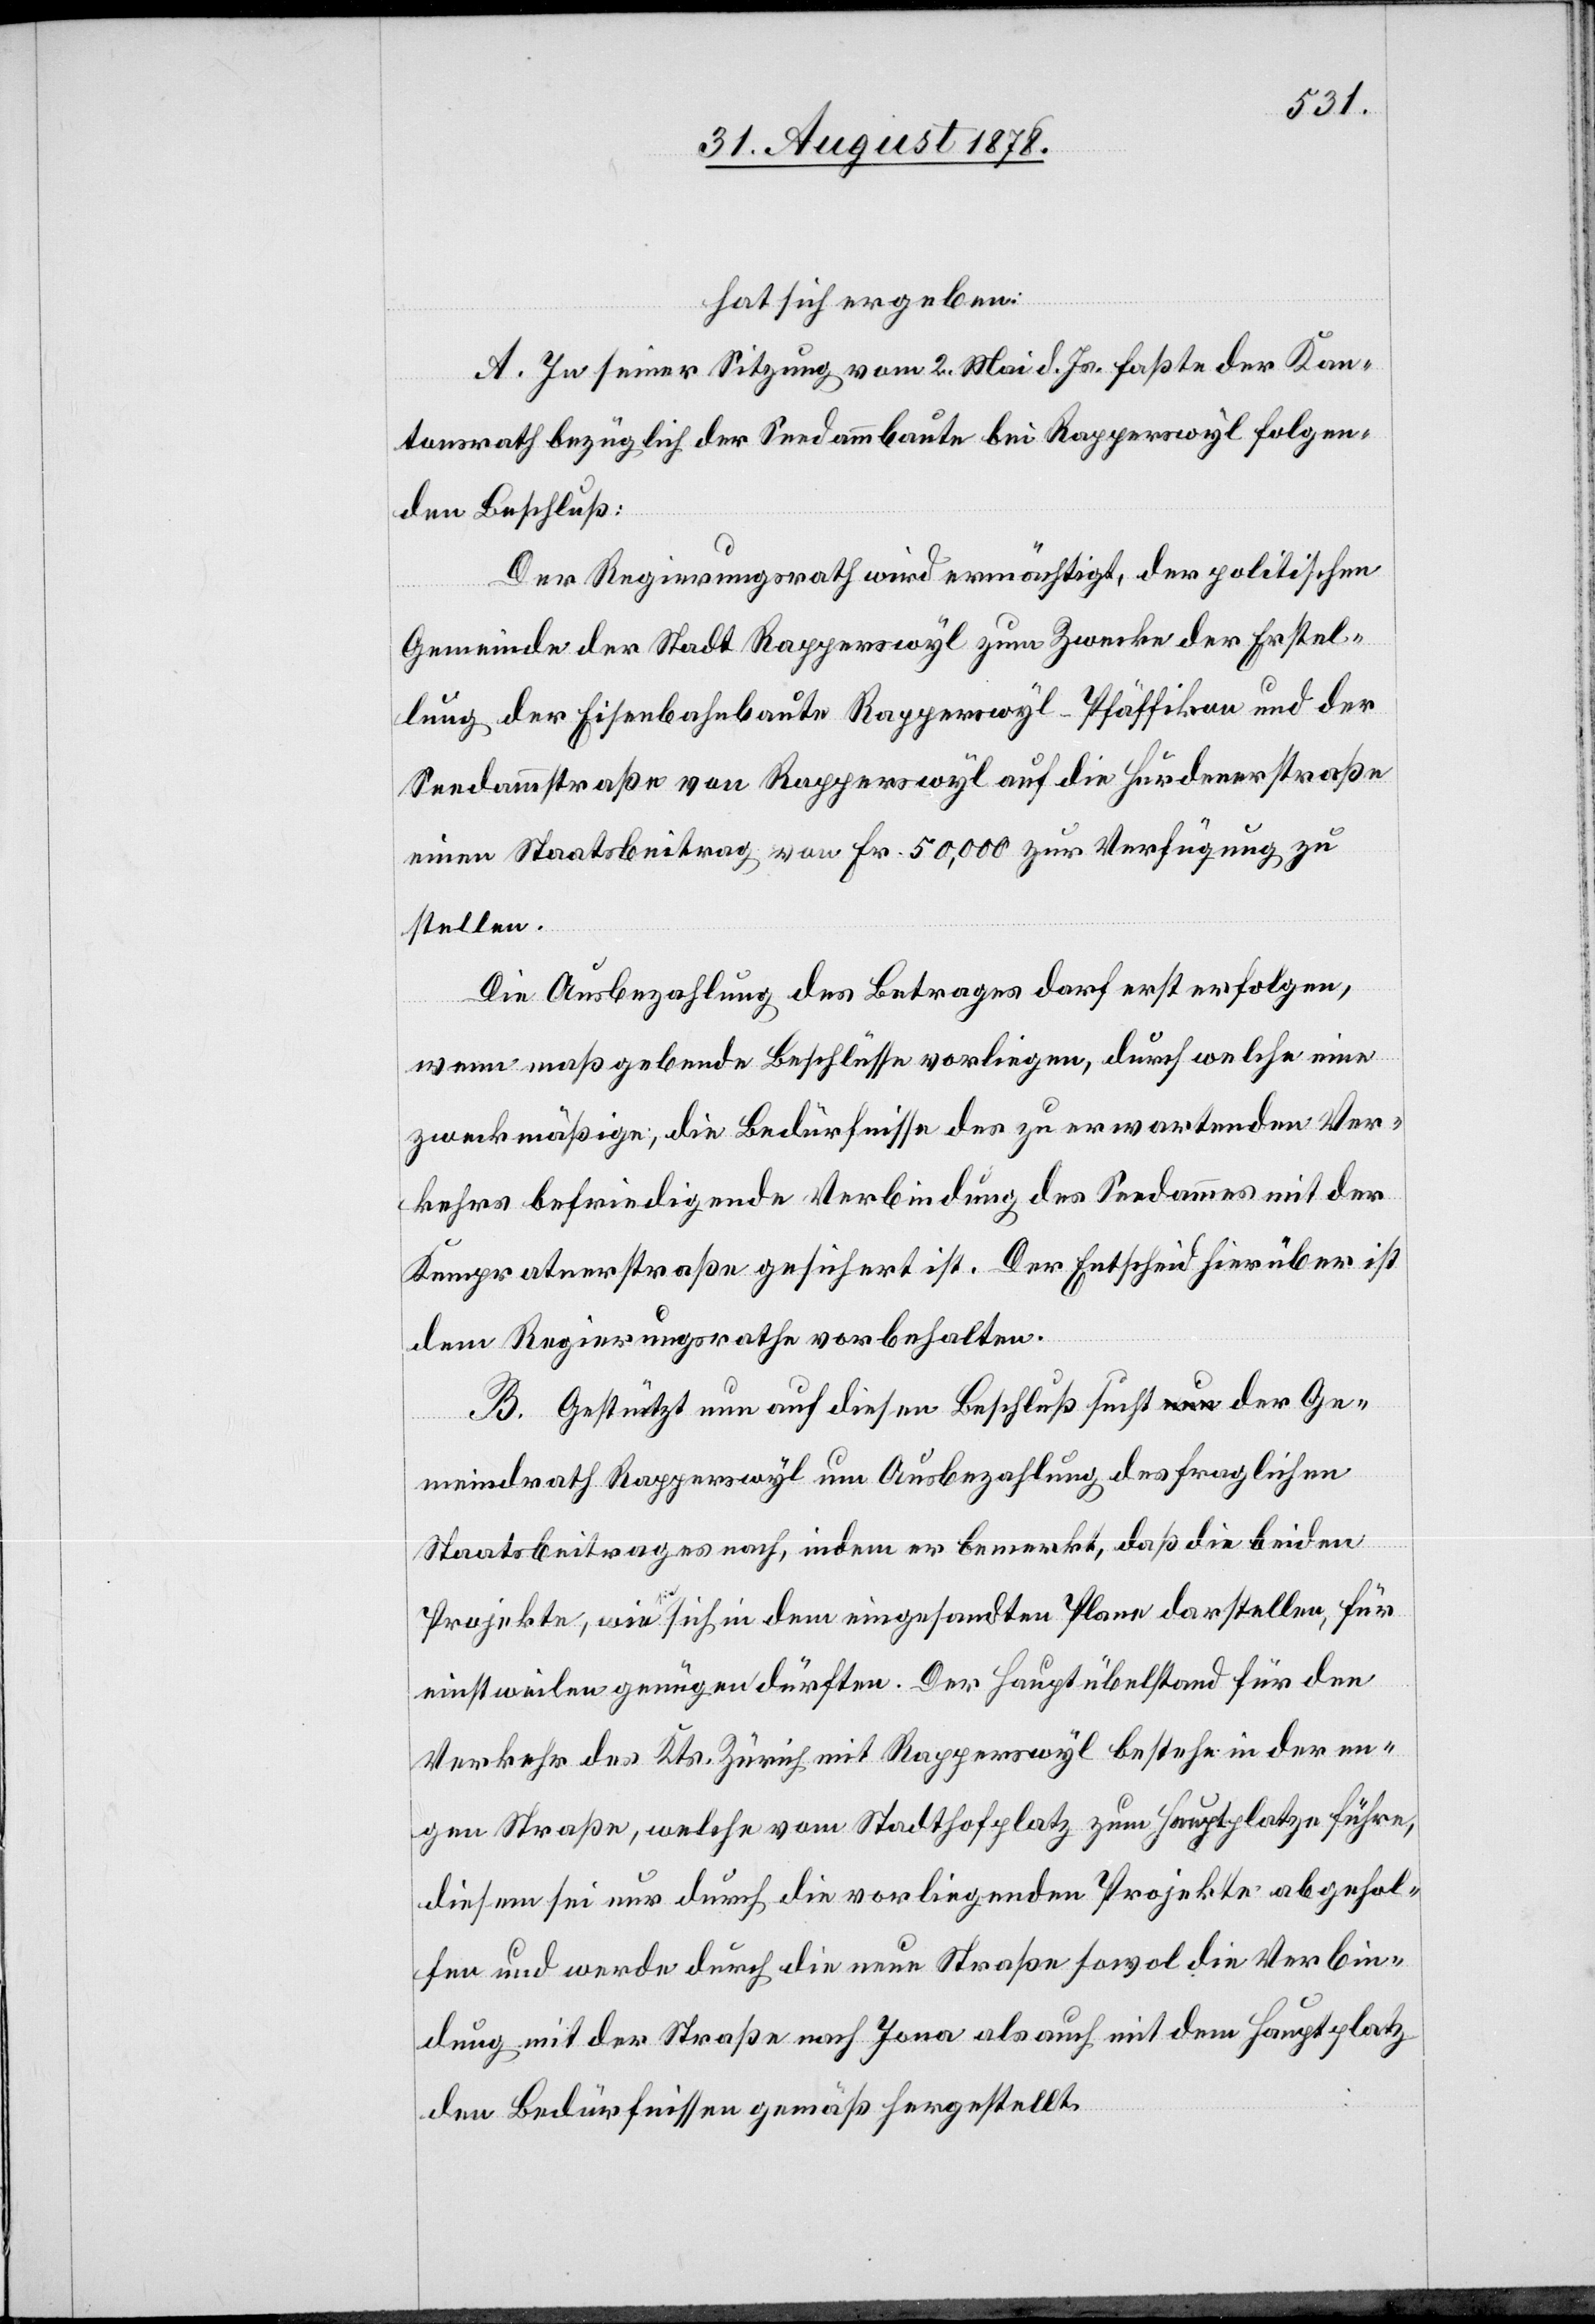
hat sich ergeben:
A. In seiner Sitzung vom 2. Mai d. Js. faßte der Kan¬
tonsrath bezüglich der Seedammbaute bei Rapperswyl folgen¬
den Beschluß:
Der Regierungsrath wird ermächtigt, der politischen
Gemeinde der Stadt Rapperswyl zum Zwecke der Erstel¬
lung der Eisenbahnbaute Rapperswyl–Pfäffikon und der
Seedammstraße von Rapperswyl auf die Hurdenerstraße
einen Staatsbeitrag von Fr. 50,000 zur Verfügung zu
stellen.
Die Ausbezahlung des Betrages darf erst erfolgen,
wenn maßgebende Beschlüsse vorliegen, durch welche eine
zweckmäßige, die Bedürfnisse des zu erwartenden Ver¬
kehrs befriedigende Verbindung des Seedammes mit der
Kempratnerstraße gesichert ist. Der Entscheid hierüber ist
dem Regierungsrathe vorbehalten.
B. Gestützt nun auf diesen Beschluß sucht der Ge¬
meindrath Rapperswyl um Ausbezahlung des fraglichen
Staatsbeitrages nach, indem er bemerkt, daß die beiden
Projekte, wie sich in dem eingesandten Plane darstellen, für
einstweilen genügen dürften. Der Hauptübelstand für den
Verkehr des Kts. Zürich mit Rapperswyl bestehe in der en¬
gen Straße, welche vom Stadthofplatz zum Hauptplatze führe,
diesem sei nur durch die vorliegenden Projekte abgehol¬
fen und werde durch die neue Straße sowol die Verbin¬
dung mit der Straße nach Jona als auch mit dem Hauptplatz
den Bedürfnissen gemäß hergestellt.